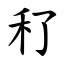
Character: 䄦